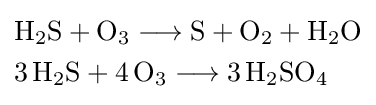
{\begin{aligned}&{\mathrm {H} {\vphantom {A}}_{\smash[{t}]{2}}\mathrm {S} {}+{}\mathrm {O} {\vphantom {A}}_{\smash[{t}]{3}}{}\mathrel {\longrightarrow } {}\mathrm {S} {}+{}\mathrm {O} {\vphantom {A}}_{\smash[{t}]{2}}{}+{}\mathrm {H} {\vphantom {A}}_{\smash[{t}]{2}}\mathrm {O} }\\&{3\,\mathrm {H} {\vphantom {A}}_{\smash[{t}]{2}}\mathrm {S} {}+{}4\,\mathrm {O} {\vphantom {A}}_{\smash[{t}]{3}}{}\mathrel {\longrightarrow } {}3\,\mathrm {H} {\vphantom {A}}_{\smash[{t}]{2}}\mathrm {SO} {\vphantom {A}}_{\smash[{t}]{4}}}\end{aligned}}